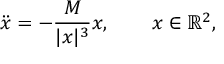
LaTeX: { \ddot { x } } = - { \frac { M } { | x | ^ { 3 } } } x , \qquad x \in \mathbb { R } ^ { 2 } ,